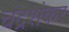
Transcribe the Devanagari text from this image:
चंद्रशंकर